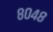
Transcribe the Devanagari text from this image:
८०४८